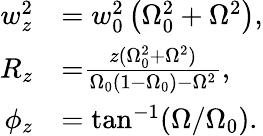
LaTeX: \begin{array}{rl}{w_{z}^{2}}&{=w_{0}^{2}\left(\Omega_{0}^{2}+\Omega^{2}\right),}\\ {{R_{z}}}&{{=}\frac{z(\Omega_{0}^{2}+\Omega^{2})}{\Omega_{0}(1-\Omega_{0})-\Omega^{2}},}\\ {\phi_{z}}&{=\tan^{-1}(\Omega/\Omega_{0}).}\end{array}